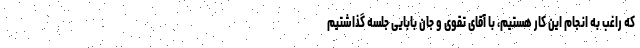
که راغب به انجام این کار هستیم، با آقای تقوی و جان بابایی جلسه گذاشتیم